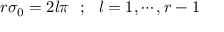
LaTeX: r \sigma _ { 0 } = 2 l \pi ~ ~ ; ~ ~ l = 1 , \cdots , r - 1